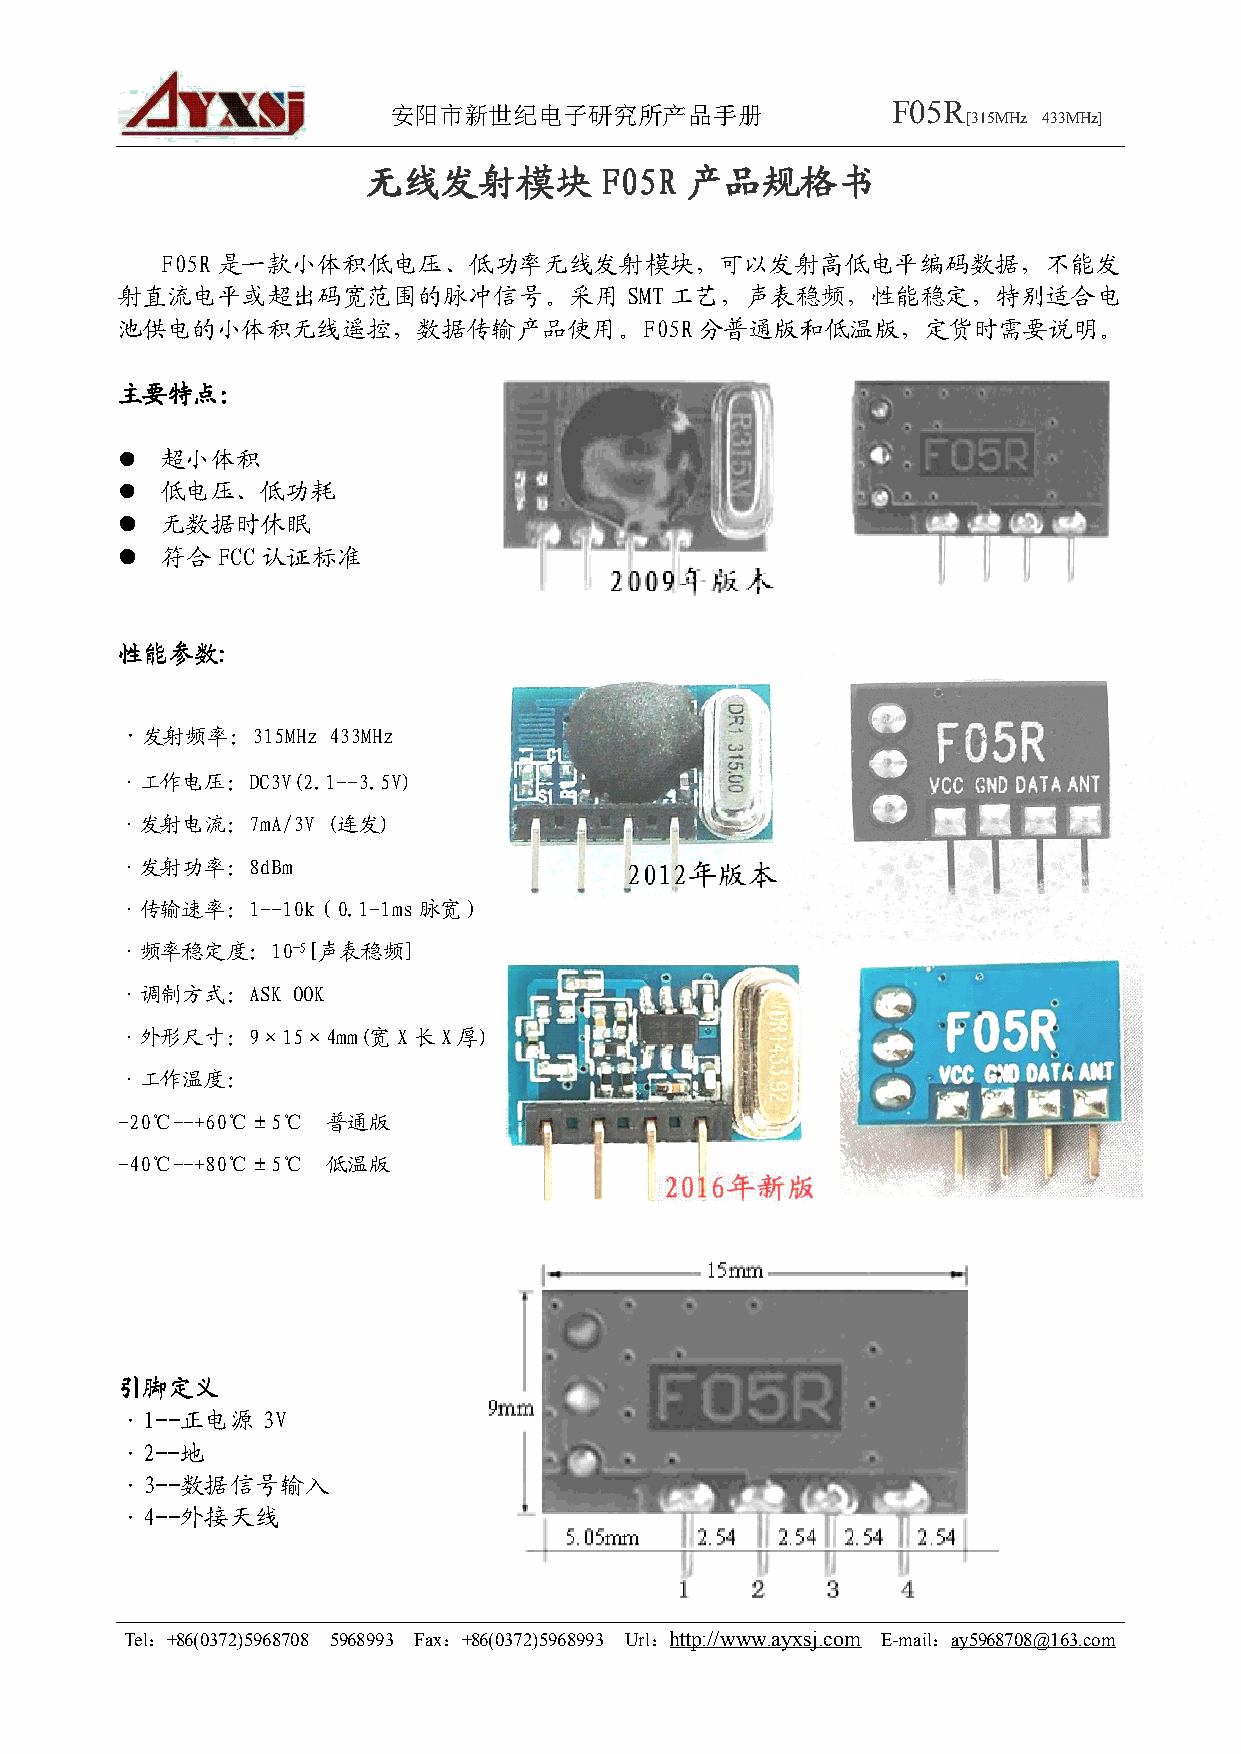
安阳市新世纪电子研究所产品手册                  F05R
 [315MHz 433MHz]
 无无无无线线线线发发发发射射射射模模模模块块块块 FFFF00005555RRRR 产产产产品品品品规规规规格格格格书书书书
 F05R 是一款小体积低电压、低功率无线发射模块，可以发射高低电平编码数据，不能发
 射直流电平或超出码宽范围的脉冲信号。采用             SMT工艺，声表稳频，性能稳定，特别适合电
 池供电的小体积无线遥控，数据传输产品使用。F05R             分普通版和低温版，定货时需要说明。
 主主主主要要要要特特特特点点点点：：：：
 �  超小体积
 �  低电压、低功耗
 ���� 无数据时休眠
 ���� 符合FCC 认证标准
 性性性性能能能能参参参参数数数数::::
 ·发射频率：315MHz  433MHz
 ·工作电压：DC3V(2.1--3.5V)
 ·发射电流：7mA/3V  (连发)
 ·发射功率：8dBm
 ·传输速率：1--10k（0.1-1ms脉宽）
 ·频率稳定度：10-5[声表稳频]
 ·调制方式：ASK  OOK
 ·外形尺寸：9×15×4mm(宽X长X厚)
 ·工作温度：
 -20℃--+60℃±5℃ 普通版
 -40℃--+80℃±5℃ 低温版
 引引引引脚脚脚脚定定定定义义义义
 ·1--正电源  3V
 ·2--地
 ·3--数据信号输入
 ·4--外接天线
 Tel：+86(0372)5968708 5968993 Fax：+86(0372)5968993 Url：http://www.ayxsj.com E-mail：ay5968708@163.com